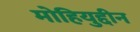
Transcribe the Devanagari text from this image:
मोहियुद्दीन